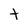
Character: t